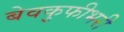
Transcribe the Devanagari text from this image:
बेवकुफीभरी